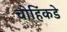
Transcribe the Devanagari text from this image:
चोहिंकडे